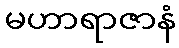
မဟာရာဇာနံ